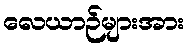
လေယာဉ်များအား